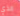
الذي